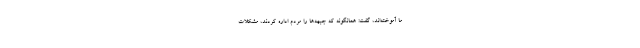
ما آموخته‌اند، گفت: همانگونه که جبهه‌ها را مردم اداره کردند، مشکلات